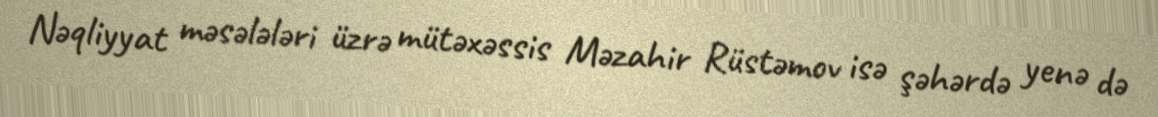
Nəqliyyat məsələləri üzrə mütəxəssis Məzahir Rüstəmov isə şəhərdə yenə də